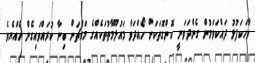
ވާހަކަފުޅު ދައްކަވަމުން ގެންދަވަނީ ކޮންގޮތަކަށް ހޯއްދަވާ މައުލޫމާތުތަކެއްގެ މައްޗަށް ބިނާ ކުރައްވައިގެން ހެއްޔެވެ